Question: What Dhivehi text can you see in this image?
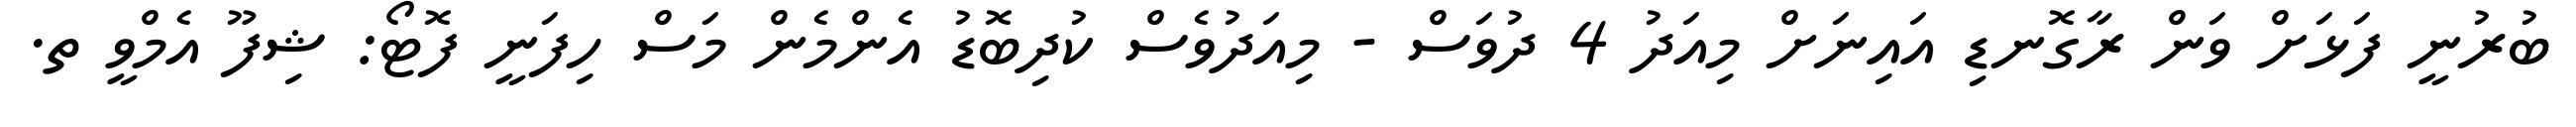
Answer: ބުރުނީ ފަޅަށް ވަން ރާގޮނޑި އައިނަށް މިއަދު 4 ދުވަސް - މިއަދުވެސް ކުދިބޮޑު އެންމެން މަސް ހިފަނީ ފޮޓޯ: ޝިފޫ އެމްވީ ތ.